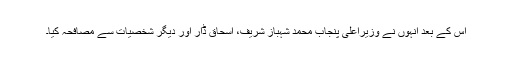
اس کے بعد انہوں نے وزیراعلیٰ پنجاب محمد شہباز شریف، اسحاق ڈار اور دیگر شخصیات سے مصافحہ کیا۔